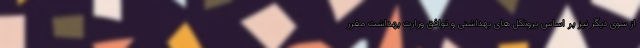
از سوی دیگر نیز بر اساس پروتکل های بهداشتی و توافق وزارت بهداشت مقرر